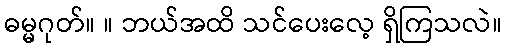
ဓမ္မဂုတ်။ ။ ဘယ်အထိ သင်ပေးလေ့ ရှိကြသလဲ။